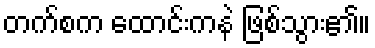
တက်စက ထောင်းကနဲ ဖြစ်သွား၏။